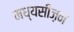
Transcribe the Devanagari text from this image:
मध्यसीज़न